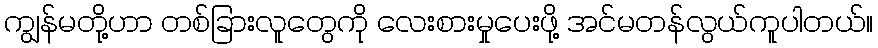
ကျွန်မတို့ဟာ တစ်ခြားလူတွေကို လေးစားမှုပေးဖို့ အင်မတန်လွယ်ကူပါတယ်။